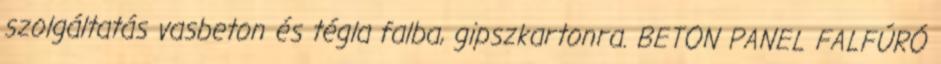
szolgáltatás vasbeton és tégla falba, gipszkartonra. BETON PANEL FALFÚRÓ